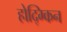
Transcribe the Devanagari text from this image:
होद्ग्किन